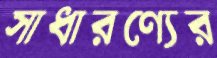
সাধারণ্যের